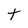
Character: t